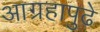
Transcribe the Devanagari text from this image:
आग्रहापुढे